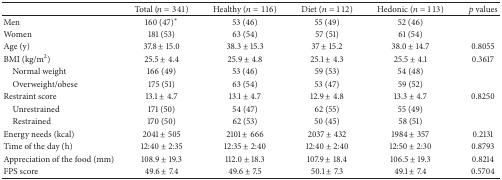
<table><thead><tr><td><b> </b></td><td><b>Total (<i>n</i> = 341)</b></td><td><b>Healthy (<i>n</i> = 116)</b></td><td><b>Diet (<i>n</i> = 112)</b></td><td><b>Hedonic (<i>n</i> = 113)</b></td><td><b><i>p</i> values</b></td></tr></thead><tbody><tr><td>Men</td><td>160 (47)<sup><i>∗</i></sup></td><td>53 (46)</td><td>55 (49)</td><td>52 (46)</td><td> </td></tr><tr><td>Women</td><td>181 (53)</td><td>63 (54)</td><td>57 (51)</td><td>61 (54)</td><td> </td></tr><tr><td>Age (y)</td><td>37.8 ± 15.0</td><td>38.3 ± 15.3</td><td>37 ± 15.2</td><td>38.0 ± 14.7</td><td>0.8055</td></tr><tr><td>BMI (kg/m<sup>2</sup>)</td><td>25.5 ± 4.4</td><td>25.9 ± 4.8</td><td>25.1 ± 4.3</td><td>25.5 ± 4.1</td><td>0.3617</td></tr><tr><td> Normal weight</td><td>166 (49)</td><td>53 (46)</td><td>59 (53)</td><td>54 (48)</td><td> </td></tr><tr><td> Overweight/obese</td><td>175 (51)</td><td>63 (54)</td><td>53 (47)</td><td>59 (52)</td><td> </td></tr><tr><td>Restraint score</td><td>13.1 ± 4.7</td><td>13.1 ± 4.7</td><td>12.9 ± 4.8</td><td>13.3 ± 4.7</td><td>0.8250</td></tr><tr><td> Unrestrained</td><td>171 (50)</td><td>54 (47)</td><td>62 (55)</td><td>55 (49)</td><td> </td></tr><tr><td> Restrained</td><td>170 (50)</td><td>62 (53)</td><td>50 (45)</td><td>58 (51)</td><td> </td></tr><tr><td>Energy needs (kcal)</td><td>2041 ± 505</td><td>2101 ± 666</td><td>2037 ± 432</td><td>1984 ± 357</td><td>0.2131</td></tr><tr><td>Time of the day (h)</td><td>12:40 ± 2:35</td><td>12:35 ± 2:40</td><td>12:40 ± 2:40</td><td>12:50 ± 2:30</td><td>0.8793</td></tr><tr><td>Appreciation of the food (mm)</td><td>108.9 ± 19.3</td><td>112.0 ± 18.3</td><td>107.9 ± 18.4</td><td>106.5 ± 19.3</td><td>0.8214</td></tr><tr><td>FPS score</td><td>49.6 ± 7.4</td><td>49.6 ± 7.5</td><td>50.1 ± 7.3</td><td>49.1 ± 7.4</td><td>0.5704</td></tr></tbody></table>